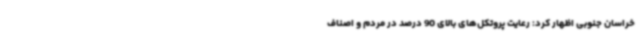
خراسان جنوبی اظهار کرد: رعایت پروتکل‌های بالای 90 درصد در مردم و اصناف